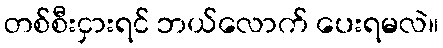
တစ်စီးငှားရင် ဘယ်လောက် ပေးရမလဲ။